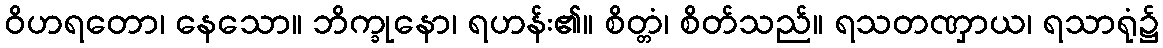
ဝိဟရတော၊ နေသော။ ဘိက္ခုနော၊ ရဟန်း၏။ စိတ္တံ၊ စိတ်သည်။ ရသတဏှာယ၊ ရသာရုံ၌